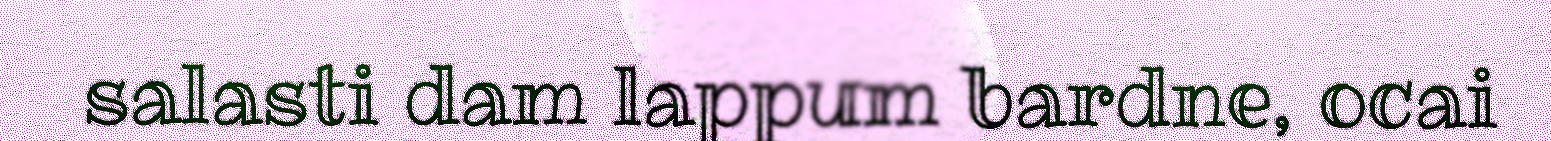
salasti dam lappum bardne, ocai